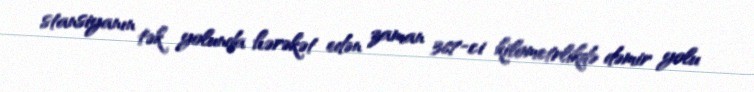
stansiyanın tək yolunda hərəkət edən zaman 367-ci kilometrlikdə dəmir yolu